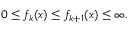
0 \leq f _ { k } ( x ) \leq f _ { k + 1 } ( x ) \leq \infty .